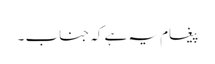
پیغام یہ ہے کہ جناب ۔